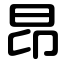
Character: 昂